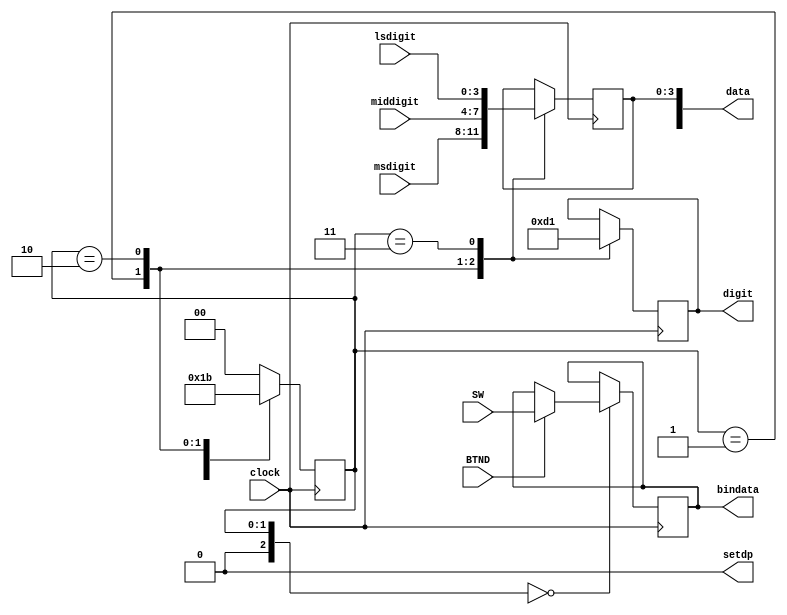
// Nexys3 Board
// Generated Data gensadd3data.v
// Shift and Add 3 Binary to BCD binBCD.v
// c 2012 Embedded Design using Programmable Gate Arrays  Dennis Silage

module gensadd3data(input clock, BTND, input [7:0] SW,
                    output reg [7:0] bindata, output reg [4:0] data,
						  output reg [2:0] digit, output reg setdp=0,
						  input [3:0] msdigit, input [3:0] middigit,
						  input [3:0] lsdigit);
					
reg [2:0] gstate=0;	// state register

always@(posedge clock)
	begin
			case (gstate)
				0:	begin
						//digit=0;
						if (BTND==1)
							bindata=SW;		// read binary data
						gstate=1;
					end
				1: begin
						data[3:0]=msdigit[3:0];
						digit=3;
						gstate=2;
					end
				2: begin
						data[3:0]=middigit[3:0];
						digit=2;
						gstate=3;
					end
				3: begin
						data[3:0]=lsdigit[3:0];
						digit=1;
						gstate=0;
					end
				default: gstate=0;
			endcase
			
	end

endmodule